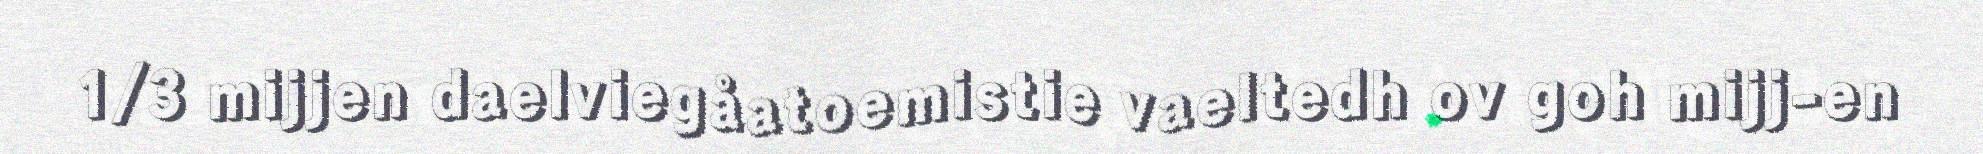
1/3 mijjen daelviegåatoemistie vaeltedh ov goh mijj-en